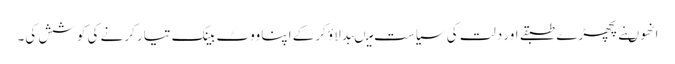
انھوںنے پچھڑے طبقے اور دلت کی سیاست میںبدلاؤ کرکے اپنا ووٹ بینک تیار کرنے کی کوشش کی۔